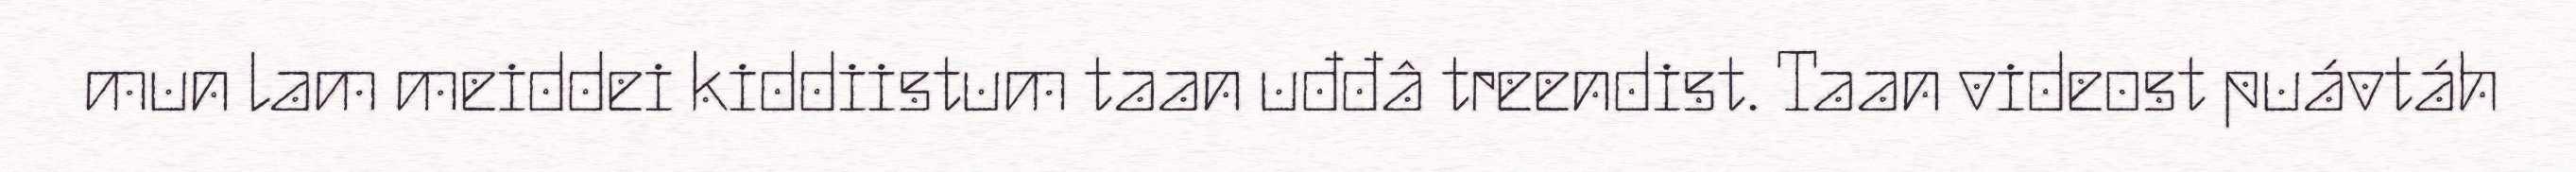
mun lam meiddei kiddiistum taan uđđâ treendist. Taan videost puávtáh